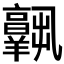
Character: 𦏧